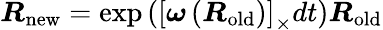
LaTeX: {\boldsymbol{R}}_{\mathrm{new}}=\exp\left(\left[{\boldsymbol{\omega}}\left({\boldsymbol{R}}_{\mathrm{old}}\right)\right]_{\times}dt\right){\boldsymbol{R}}_{\mathrm{old}}